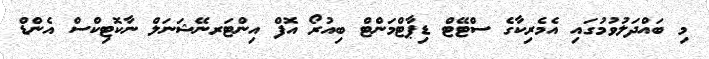
މި ބައްދަލުވުމުގައި އެމެރިކާގެ ސްޓޭޓް ޑިޕާޓްމަންޓް ބިއުރޯ އޮފް އިންޓަރނޭޝަނަލް ނާކޮޓިކްސް އެންޑް